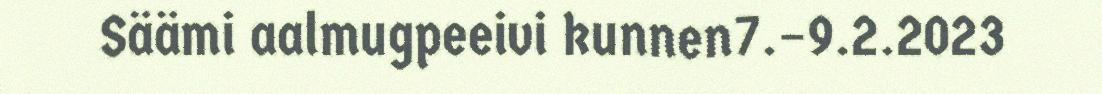
Säämi aalmugpeeivi kunnen7.–9.2.2023